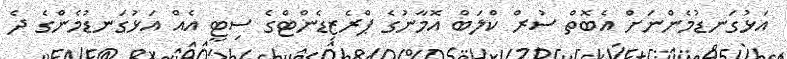
އަޅުގަނޑުމެންނަށް އެބޮތް ސުރް ކްލަބް އޮމާނުގެ ޕްރެޒިޑެންޓްގެ ސިޓީ އެއް އަޅުގަނޑުމެންގެ ދެ